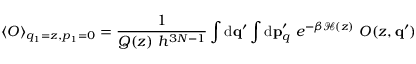
\left< O \right> _ { q _ { 1 } = z , p _ { 1 } = 0 } = \frac { 1 } { Q ( z ) \ h ^ { 3 N - 1 } } \int \ensuremath { \mathrm { d } } \ensuremath { \mathbf { q } } ^ { \prime } \int \ensuremath { \mathrm { d } } \ensuremath { \mathbf { p } } _ { q } ^ { \prime } \ e ^ { - \beta \mathcal { H } ( z ) } \ O ( z , \ensuremath { \mathbf { q } } ^ { \prime } )